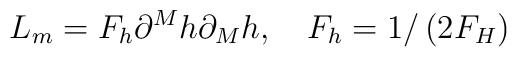
L_m=F_h\partial ^Mh\partial _Mh,\quad F_h=1/\left( 2F_H\right)